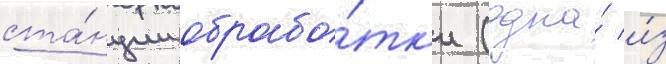
ста́нции обрабо́тк'и (одна́ и́з